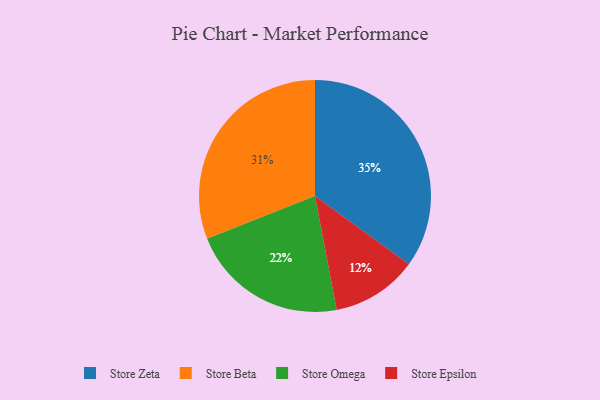
{"axis": {"x": "Category", "y": "Percentage"}, "legend": ["Store Beta", "Store Epsilon", "Store Omega", "Store Zeta"], "data": [{"x": "Store Epsilon", "y": 12, "type": "Store Epsilon"}, {"x": "Store Zeta", "y": 35, "type": "Store Zeta"}, {"x": "Store Omega", "y": 22, "type": "Store Omega"}, {"x": "Store Beta", "y": 31, "type": "Store Beta"}]}